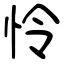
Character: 怜